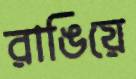
রাঙিয়ে